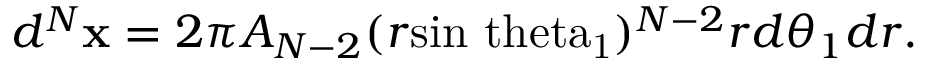
d ^ { N } \mathbf { x } = 2 \pi A _ { N - 2 } ( r \mathrm { s i n \ t h e t a _ { 1 } } ) ^ { N - 2 } r d \theta _ { 1 } d r .